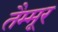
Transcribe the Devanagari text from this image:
तैम्मूर